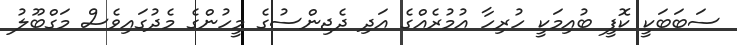
ސަބަބަކީ ކޮފީ ބުއިމަކީ ހުރިހާ އުމުރެއްގެ އަދި ދެޖިންސުގެ މީހުންގެ މެދުގައިވެސް މަގްބޫލު